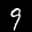
Label: 9